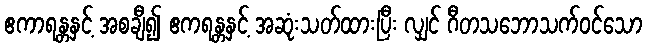
ဧကာရန္တနှင့် အစချီ၍ ဧကရန္တနှင့် အဆုံးသတ်ထားပြီး လျှင် ဂီတသဘောသက်ဝင်သော